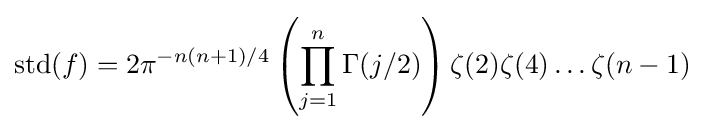
\operatorname {std} (f)=2\pi ^{-n(n+1)/4}\left(\prod _{j=1}^{n}\Gamma (j/2)\right)\zeta (2)\zeta (4)\dots \zeta (n-1)